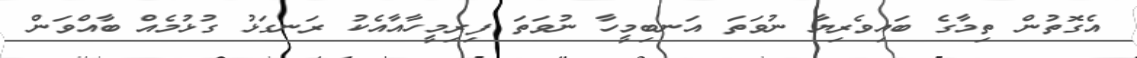
އެގޮތުން ތިމާގެ ބައިވެރިޔާ ނުވަތަ އަނބިމީހާ ނުވަތަ ފިރިމީީހާއާއެކު ރަނގަޅު ގުޅުމެއް ބާއްވަން